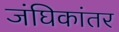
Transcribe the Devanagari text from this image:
जंघिकांतर